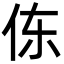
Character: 㑈